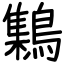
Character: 𪆐